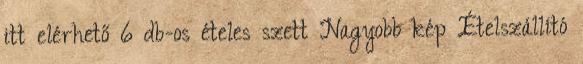
itt elérhető 6 db-os ételes szett Nagyobb kép Ételszállító